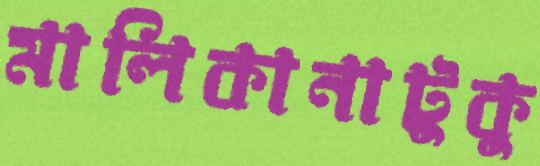
মালিকানাটুকু